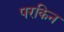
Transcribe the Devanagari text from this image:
परकिन